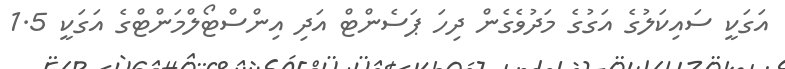
އަގަކީ ސައިކަލުގެ އަގުގެ މަދުވެގެން ދިހަ ޕަސެންޓް އަދި އިންސްޓޯލްމަންޓްގެ އަގަކީ 1.5